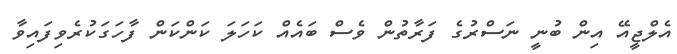
އެލްޖީއޭ އިން ބުނީ ނަސްރުގެ ފަރާތުން ވެސް ބައެއް ކަހަލަ ކަންކަން ފާހަގަކުރެވިފައިވާ